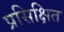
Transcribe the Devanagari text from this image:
प्रसिक्षित